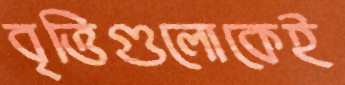
বৃত্তিগুলোকেই